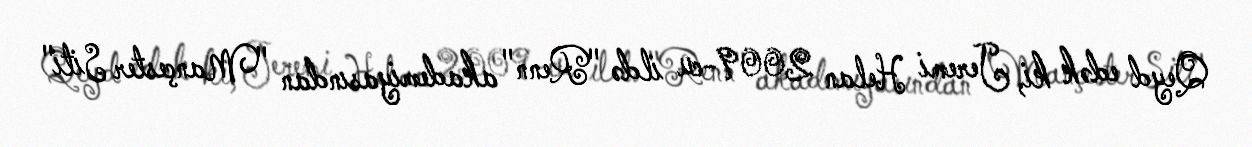
Qeyd edək ki, Jeremi Helan 2009-cu ildə "Renn" akademiyasından "Mançester Siti"